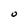
Character: O